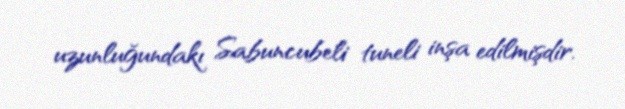
uzunluğundakı Sabuncubeli tuneli inşa edilmişdir.